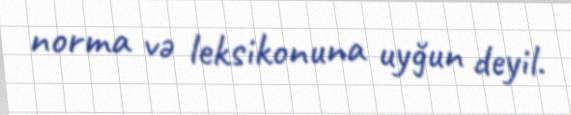
norma və leksikonuna uyğun deyil.